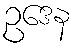
ဥဒေန